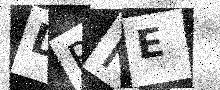
Text: DPKE